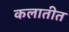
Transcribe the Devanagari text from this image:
कलातीत